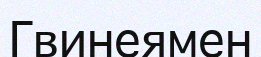
Гвинеямен